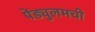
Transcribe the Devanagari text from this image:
पेंड्युलमची